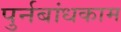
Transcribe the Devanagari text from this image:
पुर्नबांधकाम